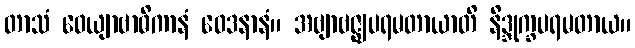
တာသံ ဝေယျာဗာဓိကာနံ ဝေဒနာနံ။ အဗျာဗဇ္ဈပရမတာယာတိ နိဒ္ဒုက္ခပရမတာယ။